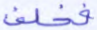
فخلف